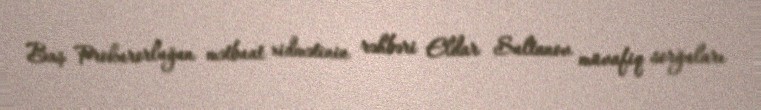
Baş Prokurorluğun mətbuat xidmətinin rəhbəri Eldar Sultanov müvafiq sorğuları